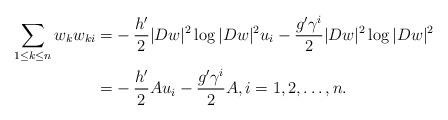
LaTeX: \begin{align*}\sum_{1\leq k\leq n}w_kw_{ki}=&-\frac{h'}{2}|Dw|^2\log|Dw|^2u_i-\frac{g'\gamma^i}{2}|Dw|^2\log|Dw|^2\\=&-\frac{h'}{2}Au_i-\frac{g'\gamma^i}{2}A,i=1,2,\ldots,n.\end{align*}